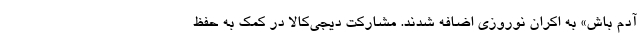
آدم باش» به اکران نوروزی اضافه شدند. مشارکت دیجی‌کالا در کمک به حفظ